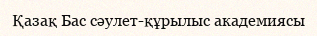
Қазақ Бас сәулет-құрылыс академиясы